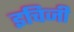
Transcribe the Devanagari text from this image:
इचिजी